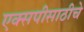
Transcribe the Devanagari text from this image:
एक्सपीसाठीचे